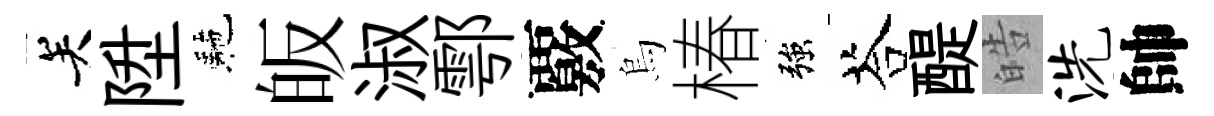
关陞駰皈淑鄠覈烏椿強荅醍皓洗帥